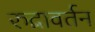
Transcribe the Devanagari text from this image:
रुद्रावर्तन